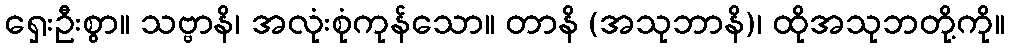
ရှေးဦးစွာ။ သဗ္ဗာနိ၊ အလုံးစုံကုန်သော။ တာနိ (အသုဘာနိ)၊ ထိုအသုဘတို့ကို။